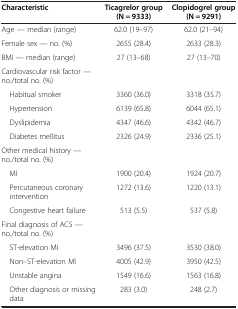
<table><thead><tr><td><b>Characteristic</b></td><td><b>Ticagrelor group (N = 9333)</b></td><td><b>Clopidogrel group (N = 9291)</b></td></tr></thead><tbody><tr><td>Age — median (range)</td><td>62.0 (19–97)</td><td>62.0 (21–94)</td></tr><tr><td>Female sex — no. (%)</td><td>2655 (28.4)</td><td>2633 (28.3)</td></tr><tr><td>BMI — median (range)</td><td>27 (13–68)</td><td>27 (13–70)</td></tr><tr><td>Cardiovascular risk factor — no./total no. (%)</td><td></td><td></td></tr><tr><td> Habitual smoker</td><td>3360 (36.0)</td><td>3318 (35.7)</td></tr><tr><td> Hypertension</td><td>6139 (65.8)</td><td>6044 (65.1)</td></tr><tr><td> Dyslipidemia</td><td>4347 (46.6)</td><td>4342 (46.7)</td></tr><tr><td> Diabetes mellitus</td><td>2326 (24.9)</td><td>2336 (25.1)</td></tr><tr><td>Other medical history — no./total no. (%)</td><td></td><td></td></tr><tr><td> MI</td><td>1900 (20.4)</td><td>1924 (20.7)</td></tr><tr><td> Percutaneous coronary intervention</td><td>1272 (13.6)</td><td>1220 (13.1)</td></tr><tr><td> Congestive heart failure</td><td>513 (5.5)</td><td>537 (5.8)</td></tr><tr><td>Final diagnosis of ACS — no./total no. (%)</td><td></td><td></td></tr><tr><td> ST-elevation MI</td><td>3496 (37.5)</td><td>3530 (38.0)</td></tr><tr><td> Non–ST-elevation MI</td><td>4005 (42.9)</td><td>3950 (42.5)</td></tr><tr><td> Unstable angina</td><td>1549 (16.6)</td><td>1563 (16.8)</td></tr><tr><td> Other diagnosis or missing data</td><td>283 (3.0)</td><td>248 (2.7)</td></tr></tbody></table>